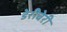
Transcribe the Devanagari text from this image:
डेरीबेरी